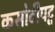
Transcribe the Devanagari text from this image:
कसोटीपटू